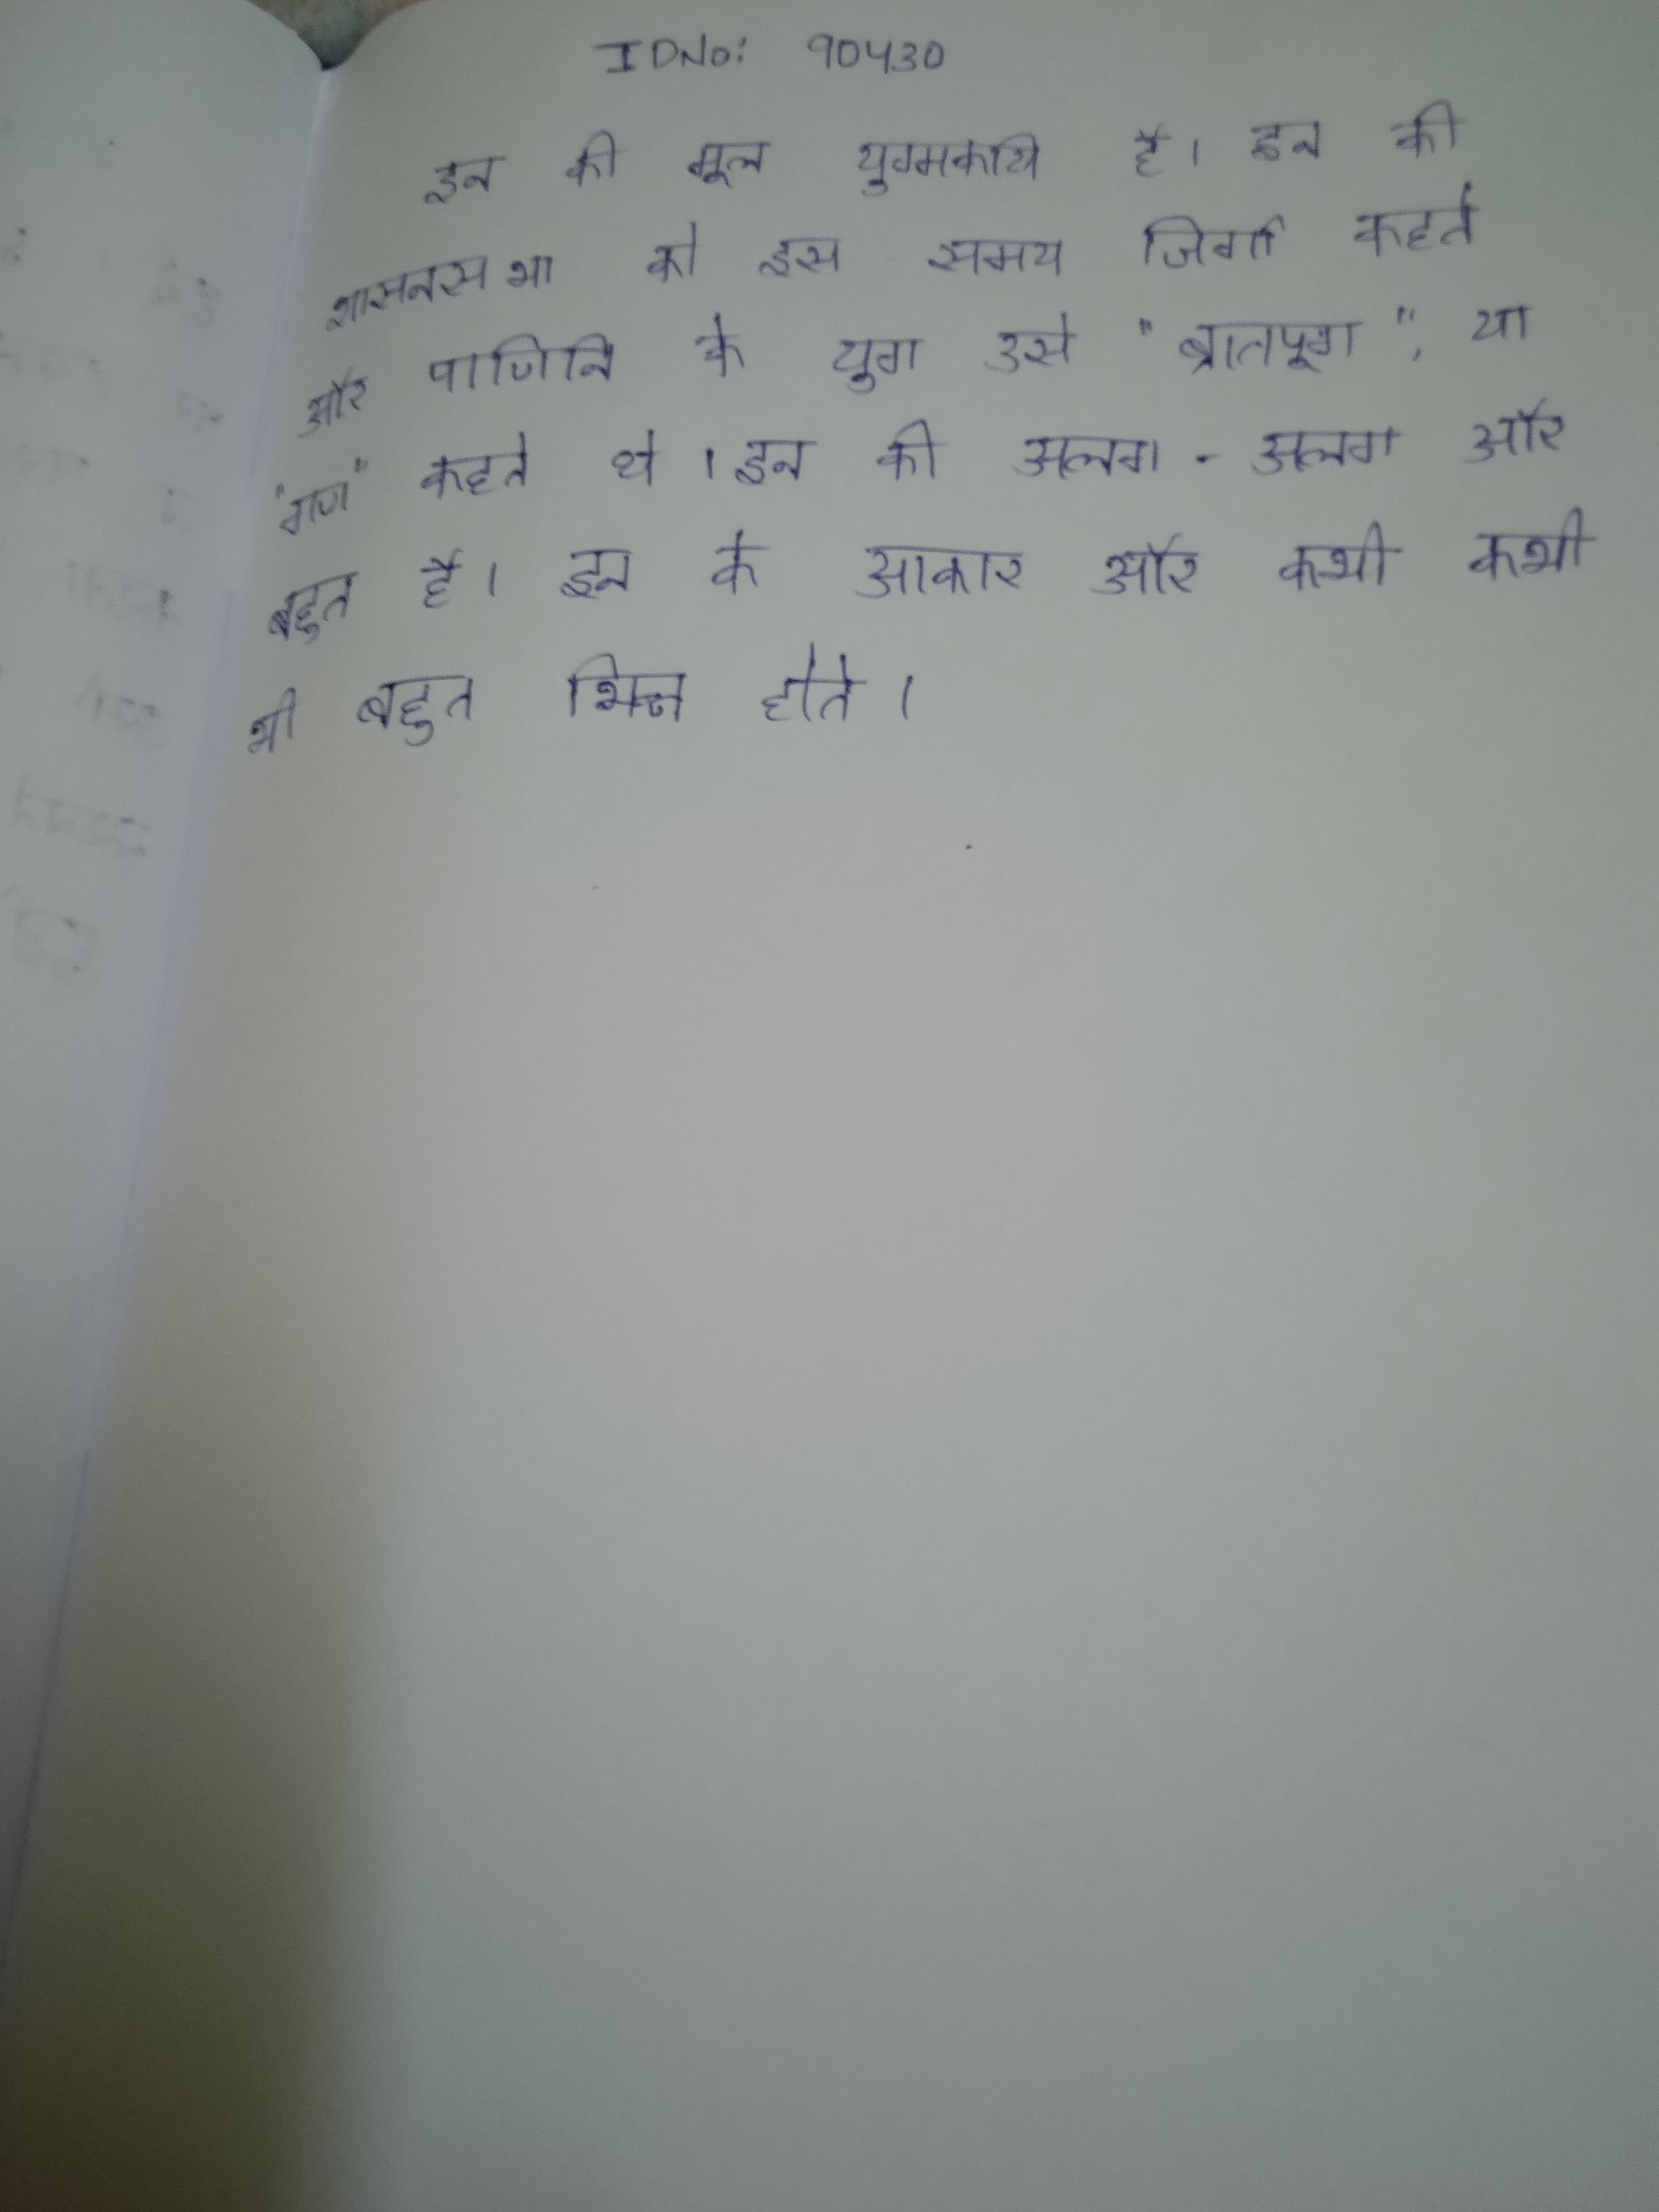
इन की मूल युग्मकीय है । इन की शासनसभा को इस समय जिर्गा कहते और पाणिनि के युग उसे "ब्रातपूग", या "गण" कहते थे । इन की अलग-अलग और बहुत है । इन के आकार और कभी कभी भी बहुत भिन्न होते ।